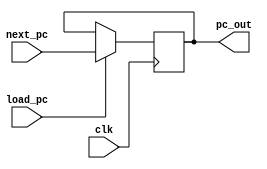
module PC(next_pc, pc_out, load_pc, clk); // logic for program counter
  input [8:0] next_pc;
  input load_pc, clk;
  output reg [8:0] pc_out;
  
  always@(posedge clk) begin //dependent on clock
   pc_out = (load_pc) ? next_pc: pc_out;
  end 
  
endmodule

module Mux_pc(pc_out, reset_pc, next_pc); // logic for multiplexer before the PC
  input [8:0] pc_out;
  input reset_pc;
  output wire [8:0] next_pc;
  
  assign next_pc = (reset_pc) ? 8'b00000000 : (pc_out + 1'b1) ; // when reset  = 0 , value going int0 PC is incremented, such that PC stores address of next instruction

endmodule

module memory(pc_out, addr_sel, mem_addr, clk, datapath_out, load_addr);
  input [8:0] pc_out;
  input addr_sel, clk;
  input load_addr;
  input [15:0]datapath_out;
  output wire [8:0] mem_addr;
  reg [8:0] mux_in;
 

  always@(posedge clk)begin
  mux_in = (load_addr) ? datapath_out[8:0] : mux_in;
  end

assign mem_addr = (addr_sel)? pc_out : mux_in;
endmodule